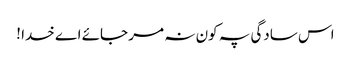
اس سادگی پہ کون نہ مر جائے اے خدا !